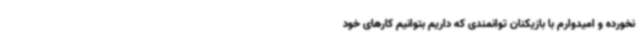
نخورده و امیدوارم با بازیکنان توانمندی که داریم بتوانیم کارهای خود